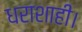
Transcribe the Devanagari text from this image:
धराशाही।